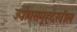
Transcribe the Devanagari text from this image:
उद्योगसमूहदेखील